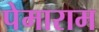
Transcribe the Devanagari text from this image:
पेमाराम